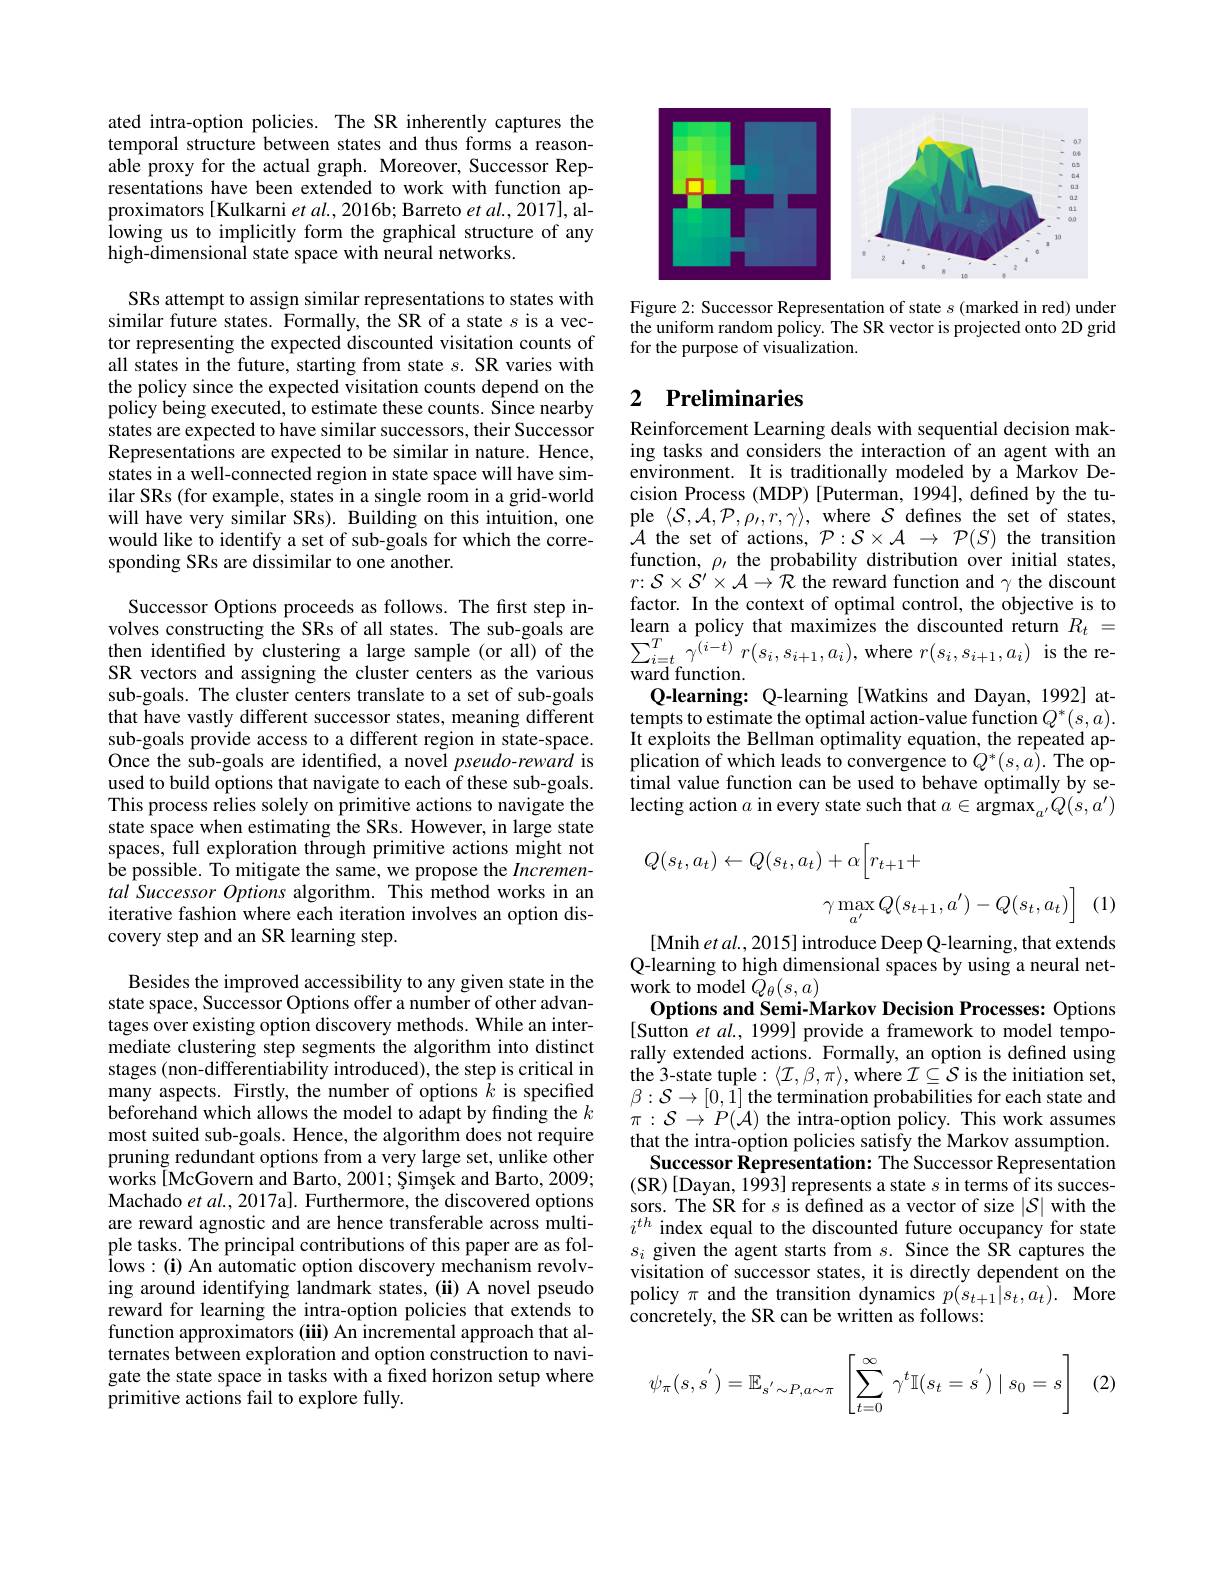
ated intra-option policies. The SR inherently captures the temporal structure between states and thus forms a reasonable proxy for the actual graph. Moreover, Successor Representations have been extended to work with function approximators [Kulkarni et al., 2016b; Barreto $et\textit{al. , 2017}] $, allowing us to implicitly form the graphical structure of any high-dimensional state space with neural networks.

SRs attempt to assign similar representations to states with similar future states. Formally, the SR of a state s is a vector representing the expected discounted visitation counts of all states in the future, starting from state $s.$ SR varies with the policy since the expected visitation counts depend on the policy being executed, to estimate these counts. Since nearby states are expected to have similar successors, their Successor Representations are expected to be similar in nature. Hence, states in a well-connected region in state space will have similar SRs (for example, states in a single room in a grid-world will have very similar SRs). Building on this intuition, one would like to identify a set of sub-goals for which the corresponding SRs are dissimilar to one another.

Successor Options proceeds as follows. The frst step involves constructing the SRs of all states. The sub-goals are then identified by clustering a large sample (or all) of the SR vectors and assigning the cluster centers as the various sub-goals. The cluster centers translate to a set of sub-goals that have vastly different successor states, meaning different sub-goals provide access to a different region in state-space. Once the sub-goals are identified, a novel $pseudo-reward$ is used to build options that navigate to each of these sub-goals. This process relies solely on primitive actions to navigate the state space when estimating the SRs. However, in large state spaces, full exploration through primitive actions might not be possible. To mitigate the same, we propose the Incremental Successor Options algorithm. This method works in an iterative fashion where each iteration involves an option discovery step and an SR learning step.

Besides the improved accessibility to any given state in the state space, Successor Options offer a number of other advantages over existing option discovery methods. While an intermediate clustering step segments the algorithm into distinct stages (non-differentiability introduced), the step is critical in many aspects. Firstly, the number of options $\bar{k}$ is specified beforehand which allows the model to adapt by finding the $k$ most suited sub-goals. Hence, the algorithm does not require pruning redundant options from a very large set, unlike other works [McGovern and Barto, 2001; Șimșek and Barto, 2009; Machado $etal.,2017$a]. Furthermore, the discovered options are reward agnostic and are hence transferable across multiple tasks. The principal contributions of this paper are as fol- $\hat{\mathrm{lows:(i)~An~automatic~option~discovery~mechanism~revolv-}}$ ing around identifying landmark states, (ü) A novel pseudo reward for learning the intra-option policies that extends to function approximators (iii) An incremental approach that alternates between exploration and option construction to navigate the state space in tasks with a fixed horizon setup where primitive actions fail to explore fully.

<FigureHere>

Figure 2: Successor Representation of state s (marked in red) under the uniform random policy. The SR vector is projected onto 2D grid for the purpose of visualization.

### 2 $\textbf{Preliminaries}$

Reinforcement Learning deals with sequential decision making tasks and considers the interaction of an agent with an environment. It is traditionally modeled by a Markov Decision Process (MDP) [Puterman, 1994], defined by the tuple $\langle\mathcal{S},\mathcal{A},\mathcal{P},\rho_{\prime},r,\gamma\rangle$, where $\mathcal{S}$ defines the set of states, $\mathcal{A}$ the set of actions, $\mathcal{P}:\mathcal{S}\times\mathcal{A}\to\mathcal{P}(S)$ the transition function, $\rho$, the probability distribution over initial states, $r{:}\mathcal{S}\times\mathcal{S}^{\prime}\times\mathcal{A}\to\mathcal{R}$ the reward function and $\gamma$ the discount factor. In the context of optimal control, the objective is to $\begin{array}{l}{\text{learn a policy that maximizes the discounted return}}&{R_{t}}&{=}\\{\sum_{i=t}^{T}\gamma^{(i-t)}r(s_{i},s_{i+1},a_{i}),\mathrm{where~}r(s_{i},s_{i+1},a_{i})}&{\mathrm{is~the~re-}}\\{\text{word funotion}}&{\mathrm{is~the~re-}}\end{array}$ ward function
Q-learning: Q-learning [Watkins and Dayan, 1992] attempts to estimate the optimal action-value function $Q^*(s,a).$ It exploits the Bellman optimality equation, the repeated application of which leads to convergence to $Q^*(s,a).$ The op- ftimal value function can be used to behave optimally by selecting action $a$ in every state such that $a\in\tilde{\mathrm{argmax}}_{a^{\prime}}Q(s,a^{\prime})$
$$\begin{aligned}&Q(s_{t},a_{t})\leftarrow Q(s_{t},a_{t})+\alpha\Big[r_{t+1}+\\&\gamma\operatorname*{max}_{a^{\prime}}Q(s_{t+1},a^{\prime})-Q(s_{t},a_{t})\Big]\\\end{aligned}$$
(1)

[Mnih et al., 2015] introduce Deep Q-learning, that extends Q-learning to high dimensional spaces by using a neural net- ${\mathrm{work~to~model~}}\tilde{Q}_{\theta}(s,a)$
Options and Semi-Markov Decision Processes: Options [Sutton et al., 1999] provide a framework to model temporally extended actions. Formally, an option is defined using the 3-state tuple $:\langle\mathcal{I},\beta,\pi\rangle$,where $\mathcal{I}\subseteq\mathcal{S}$ is the initiation set, $\beta:\mathcal{S}\to[0,\bar{1}]$ the termination probabilities for each state and $\pi:\mathcal{S}\to P(\mathcal{A})$ the intra-option policy. This work assumes that the intra-option policies satisfy the Markov assumption. Successor Representation: The Successor Representation (SR)[Dayan, 1993] represents a state $s$ in terms of its successors. The SR for $s$ is defined as a vector of size $|\mathcal{S}|$ with the $i^{th}$ index equal to the discounted future occupancy for state $s_i$ given the agent starts from $s.$ Since the SR captures the visitation of successor states, it is directly dependent on the policy $\pi$ and the transition dynamics $p(s_{t+1}|s_{t},a_{t}).$ More concretely, the SR can be written as follows:

(2)
$$\psi_\pi(s,s^{'})=\mathbb{E}_{s^{'}\sim P,a\sim\pi}\:\left[\sum_{t=0}^{\infty}\:\gamma^t\mathbb{I}(s_t=s^{'})\mid s_0=s\right]$$